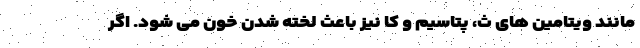
مانند ویتامین های ث، پتاسیم و کا نیز باعث لخته شدن خون می شود. اگر